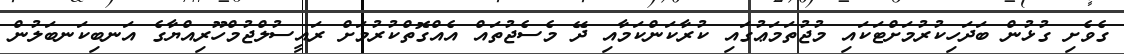
ގެވެށި ގުޅުން ބަދަހިކުރުމަށްޓަކައި މުޖުތަމަޢުގައި ކުރާކަންކަމާއި ދޭ މެސެޖުތައް އެއްގޮތްކުރުމަށް ރައީސުލްޖުމްހޫރިއްޔާގެ އަނބިކަނބަލުން